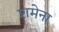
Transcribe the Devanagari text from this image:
शमेना